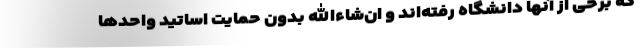
که برخی از آنها دانشگاه رفته‌اند و ان‌شاءالله بدون حمایت اساتید واحدها